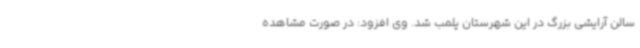
سالن آرایشی بزرگ در این شهرستان پلمب شد. وی افزود: در صورت مشاهده